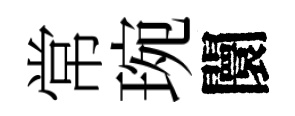
常琬闤